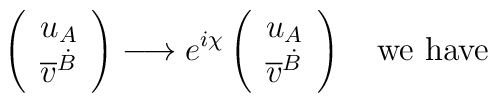
\left(\begin{array}{l}     u_A\\     \overline{v}^{\dot{B}}     \end{array}\right) \longrightarrow e^{i\chi}\left(\begin{array}{l}     u_A\\     \overline{v}^{\dot{B}}     \end{array}\right) \ \ \ \mbox{we have}